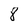
Character: 8